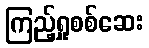
ကြည့်ရှုစစ်ဆေး